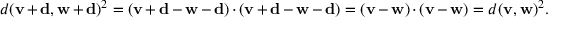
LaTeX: d ( \mathbf { v } + \mathbf { d } , \mathbf { w } + \mathbf { d } ) ^ { 2 } = ( \mathbf { v } + \mathbf { d } - \mathbf { w } - \mathbf { d } ) \cdot ( \mathbf { v } + \mathbf { d } - \mathbf { w } - \mathbf { d } ) = ( \mathbf { v } - \mathbf { w } ) \cdot ( \mathbf { v } - \mathbf { w } ) = d ( \mathbf { v } , \mathbf { w } ) ^ { 2 } .